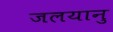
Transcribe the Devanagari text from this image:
जलयानु